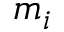
m _ { i }